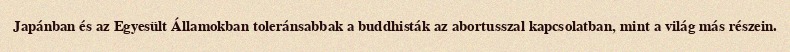
Japánban és az Egyesült Államokban toleránsabbak a buddhisták az abortusszal kapcsolatban, mint a világ más részein.